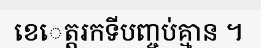
ខេេត្តរកទីបញ្ចប់គ្មាន ។